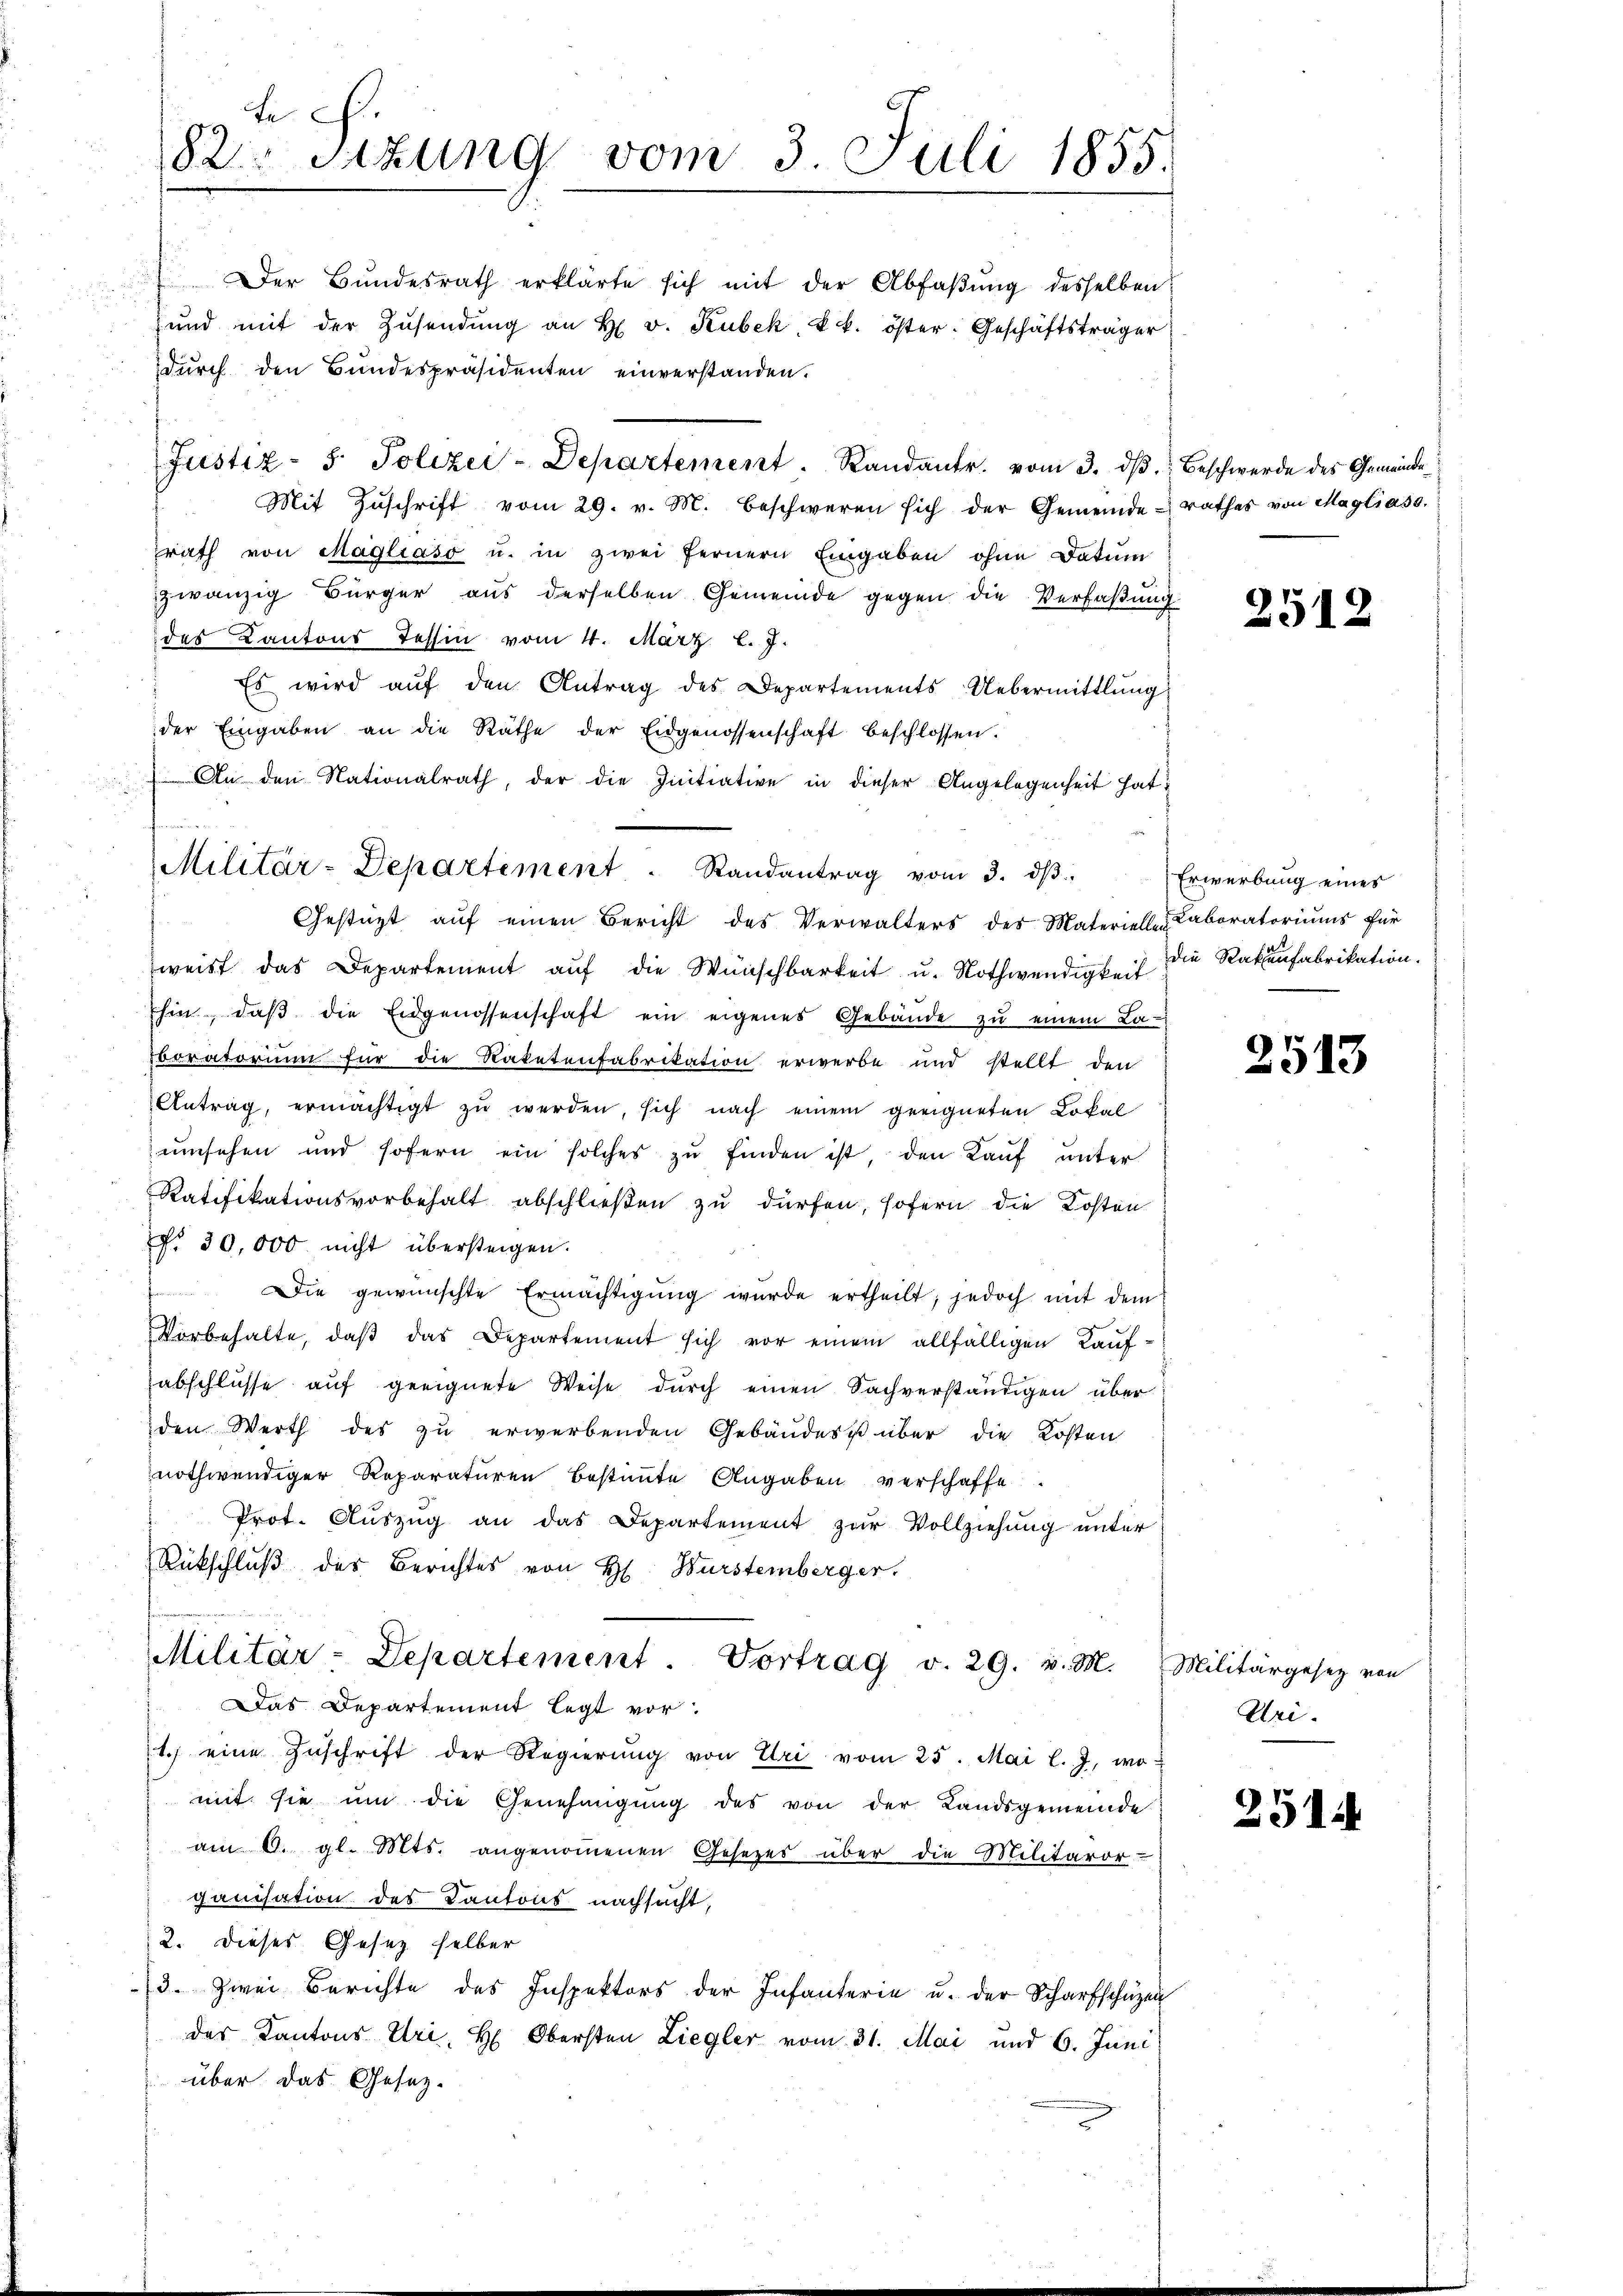
t c.
82. Sitzung vom 3. Juli 1855.
Der Bŭndesrath erklärte sich mit der Abfaßung desselben
und mit der Zŭsendŭng an H. v. Kubek, u. k. öster. Geschäftsträger
durch den Bundespräsidenten einverstanden.

Justiz- & Polizei-Departement. Randantr. vom 3. dβ.
Mit Zŭschrift vom 29. v. M. beschweren sich der Gemeinderathes von Magliaso.
rath von Magliaso u. in zwei fernern Eingaben ohne Datum
zwanzig Bürger aus derselben Gemeinde gegen die Verfaßung
des Kantons Tessin vom 4. März l. J.
Es wird aŭf den Antrag des Departements Uebermittlung
der Eingaben an die Räthe der Eidgenossenschaft beschlossen.
An den Nationalrath, der die Initiative in dieser Angelegenheit hat
Gestüzt aŭf einen Bericht des Verwalters des Materielle Laboratoriums für
weist das Departement aŭf die Wünschbarkeit u. Nothwendigkeit die Ratenfabrikation.
Ihin, daβ die Eidgenossenschaft ein eigenes Gebäude zu einem Lasoratorium für die Raketenfabrikation erwerbe und stellt den
Antrag, ermächtigt zŭ werden, sich nach einem geeigneten Lokal
umsehen und sofern ein solches zŭ finden ist, den Kauf unter
Ratifikationsvorbehalt abschließen zu dürfen, sofern die Kosten
No 30,000. nicht übersteigen.
 Die gewünschte Ermächtigŭng wurde ertheilt; jedoch mit dem
Vorbehalte, daβ das Departement sich vor einem allfälligen Kaufabschlüsse auf geeignete Weise durch einen Sachverständigen über
den Werth des zu erwerbenden Gebäudes über die Kosten
nothwendiger Reparaturen bestimmte Angaben verschaffe
Prot. Aŭszŭg an das Departement zŭr Vollziehŭng ŭnter
Rückschlŭβ des Berichtes von H. Wurstemberger.
Militär-Departement. Vortrag v. 29. v. M. Militärgesetz von
Das Departement legt vor.
1.) eine Zŭschrift der Regierŭng von Uri vom 25. Mai l. J. womit sie ŭm die Genehmigŭng des von der Landsgemeinde
am 6. gl. Mts. angenommenen Gesezes über die Militäror-
ganisation des Kantons nachsucht,
2. Dieses Gesetz selber
3. Zwei Berichte des Inspektors der Infanterie u. der Scharfschüzen
das Kantons Uri, H. Obersten Liegler vom 31. Mai und 6. Juni
über das Gesetz-

Militär-Departement . Randantrag vom 3. dβ

Beschwerde des Gemeinde

2512

Erwerbung eines

2513

Uri.

2514